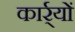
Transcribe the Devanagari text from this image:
कार्र्यों